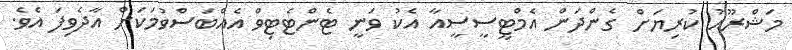
މަޝްރޫއު ކުރިޔަށް ގެންދަން އެމްޓީސީސީއާ އެކު ވަނީ ޓެންޓެޓިވް އެއްބަސްވުމަކަށް އާދެވިފަ އެވެ.